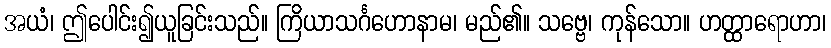
အယံ၊ ဤပေါင်း၍ယူခြင်းသည်။ ကြိယာသင်္ဂဟောနာမ၊ မည်၏။ သဗ္ဗေ၊ ကုန်သော။ ဟတ္ထာရောဟာ၊